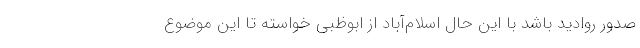
صدور روادید باشد با این حال اسلام‌آباد از ابوظبی خواسته تا این موضوع